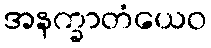
အနက္ခာတံယေဝ